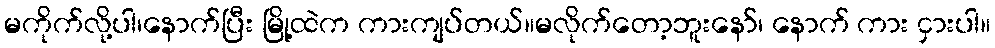
မကိုက်လို့ပါ၊နောက်ပြီး မြို့ထဲက ကားကျပ်တယ်။မလိုက်တော့ဘူးနော်၊ နောက် ကား ငှားပါ။